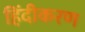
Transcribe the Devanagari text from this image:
हिंदीकरण